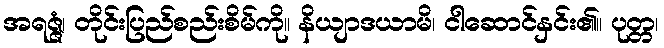
အရဇ္ဇံ၊ တိုင်းပြည်စည်းစိမ်ကို။ နိယျာဒယာမိ၊ ငါဆောင်နှင်း၏။ ပုတ္တ၊